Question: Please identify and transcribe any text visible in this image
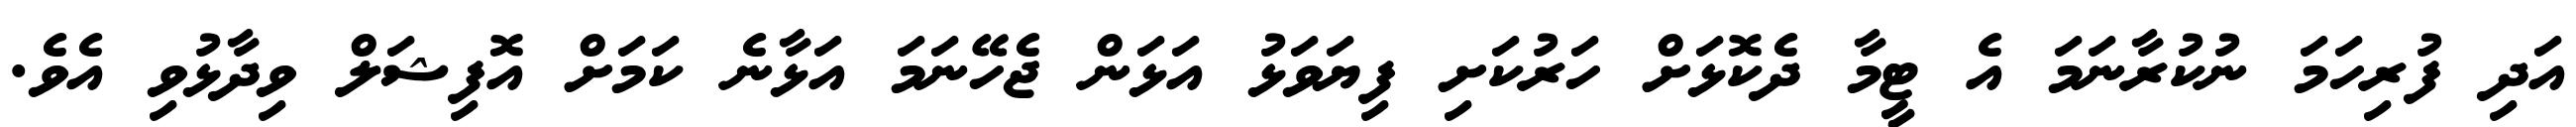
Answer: އަދި ފުރިހަމަ ނުކުރާނަމަ އެ ޓީމާ ދެކޮޅަށް ހަރުކަށި ފިޔަވަޅު އަޅަން ޖެހޭނަމަ އަޅާނެ ކަމަށް އޮފިޝަލް ވިދާޅުވި އެވެ.